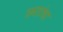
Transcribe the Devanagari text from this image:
छतांचा